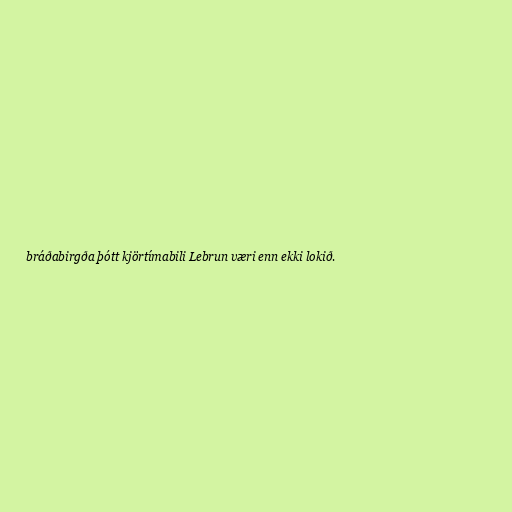
bráðabirgða þótt kjörtímabili Lebrun væri enn ekki lokið.